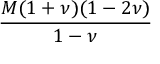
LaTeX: \frac { M ( 1 + \nu ) ( 1 - 2 \nu ) } { 1 - \nu }